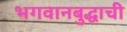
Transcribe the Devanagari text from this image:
भगवानबुद्धाची